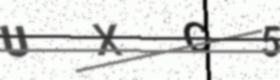
Text: UXC5